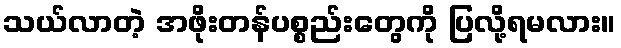
သယ်လာတဲ့ အဖိုးတန်ပစ္စည်းတွေကို ပြလို့ရမလား။